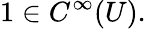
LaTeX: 1\in C^{\infty}(U).